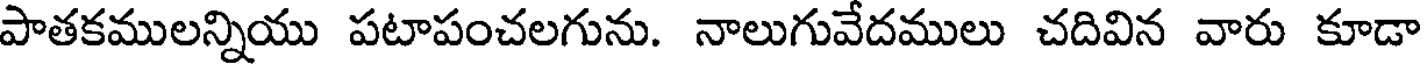
పాతకములన్నియు పటాపంచలగును. నాలుగువేదములు చదివిన వారు కూడా